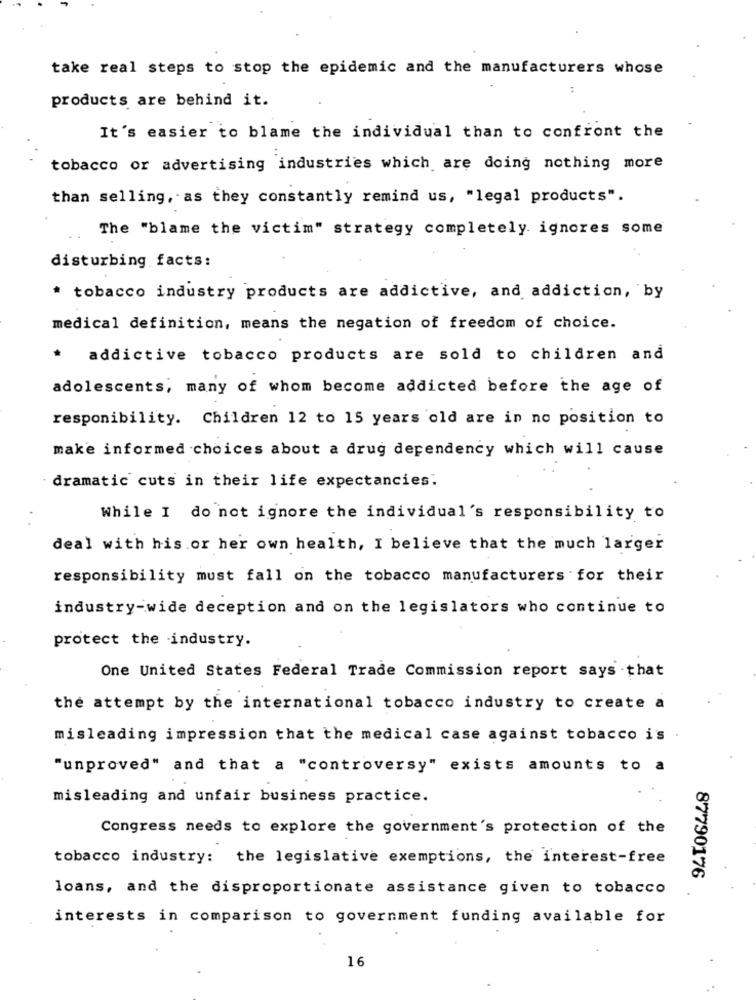
take real steps to stop the epidemic and the manufacturers whose
products are behind it.
It's easier to blame the individual than to confront the
tobacco or advertising industries which are doing nothing more
than selling, as they constantly remind us, "legal products".
The "blame the victim" strategy completely ignores some
disturbing facts:
* tobacco industry products are addictive, and addiction, by
medical definition, means the negation of freedom of choice.
* addictive tobacco products are sold to children and
adolescents, many of whom become addicted before the age of
responibility. Children 12 to 15 years old are in no position to
make informed choices about a drug dependency which will cause
dramatic cuts in their life expectancies.
While I do not ignore the individual's responsibility to
deal with his or her own health, I believe that the much larger
responsibility must fall on the tobacco manufacturers for their
industry-wide deception and on the legislators who continue to
protect the industry.
One United States Federal Trade Commission report says that
the attempt by the international tobacco industry to create a
misleading impression that the medical case against tobacco is
"unproved" and that a "controversy" exists amounts to a
misleading and unfair business practice.
Congress needs to explore the government's protection of the
tobacco industry: the legislative exemptions, the interest-free
87790176
loans, and the disproportionate assistance given to tobacco
interests in comparison to government funding available for
16